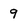
Character: 9